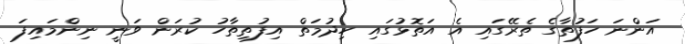
އަންނަ ހަފުތާގެ ތެރޭގައި އެ އަތޮޅުގައި ހިދުމަތް އިފުތިތާހު ކުރަން ވަނީ ނިންމައިފަ